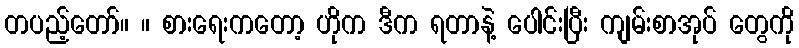
တပည့်တော်။ ။ စားရေးကတော့ ဟိုက ဒီက ရတာနဲ့ ပေါင်းပြီး ကျမ်းစာအုပ် တွေကို